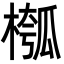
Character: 槬